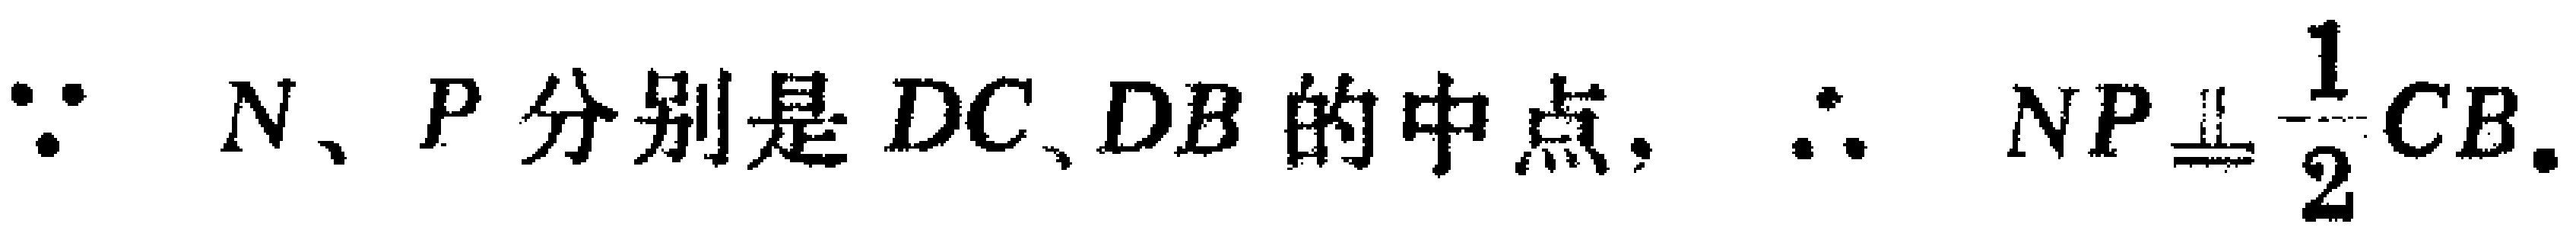
$\because N、P分别是DC、DB的中点，\therefore NP\equalparallel\frac{1}{2}CB.$